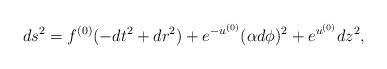
LaTeX: \begin{align*}ds^2=f^{(0)}(-dt^2+dr^2)+e^{-u^{(0)}}(\alpha d\phi)^2 + e^{u^{(0)}}dz^2,\end{align*}